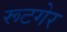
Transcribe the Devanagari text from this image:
रूटगेर